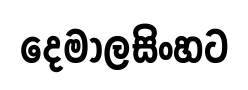
දෙමාලසිංහට